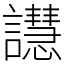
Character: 譿